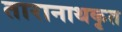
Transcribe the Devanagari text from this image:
तारानाथकृत